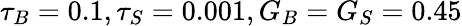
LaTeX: \tau_{B}=0.1,\tau_{S}=0.001,G_{B}=G_{S}=0.45